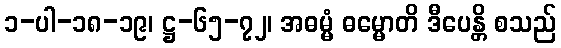
၁-ပါ-၁၈-၁၉၊ ဋ္ဌ-၆၅-၇၂၊ အဓမ္မံ ဓမ္မောတိ ဒီပေန္တိ စသည်